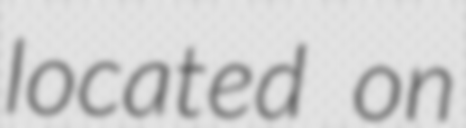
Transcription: located on